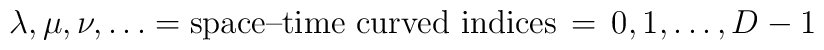
\lambda,\mu,\nu,\dots = \mbox{space--time curved indices} \, = \,  0,1,\dots,D-1